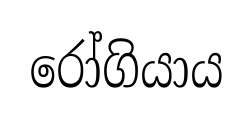
රෝගියාය